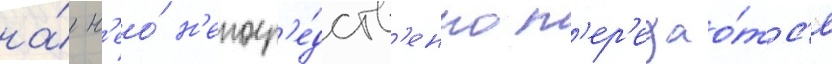
на́ н'ео́ н'епоср'е́дств'енно п'ер'едао́тс'я